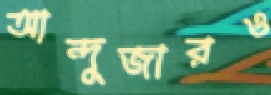
আন্দুজারও